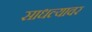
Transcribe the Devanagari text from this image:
साधल्यावर